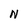
Character: N